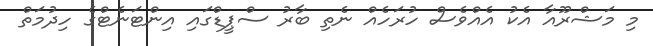
މި މަޝްރޫއާ އެކު އެއްވެސް ހުރަހެއް ނެތި ބާރު ސްޕީޑްގައި އިންޓަނެޓްގެ ހިދުމަތް